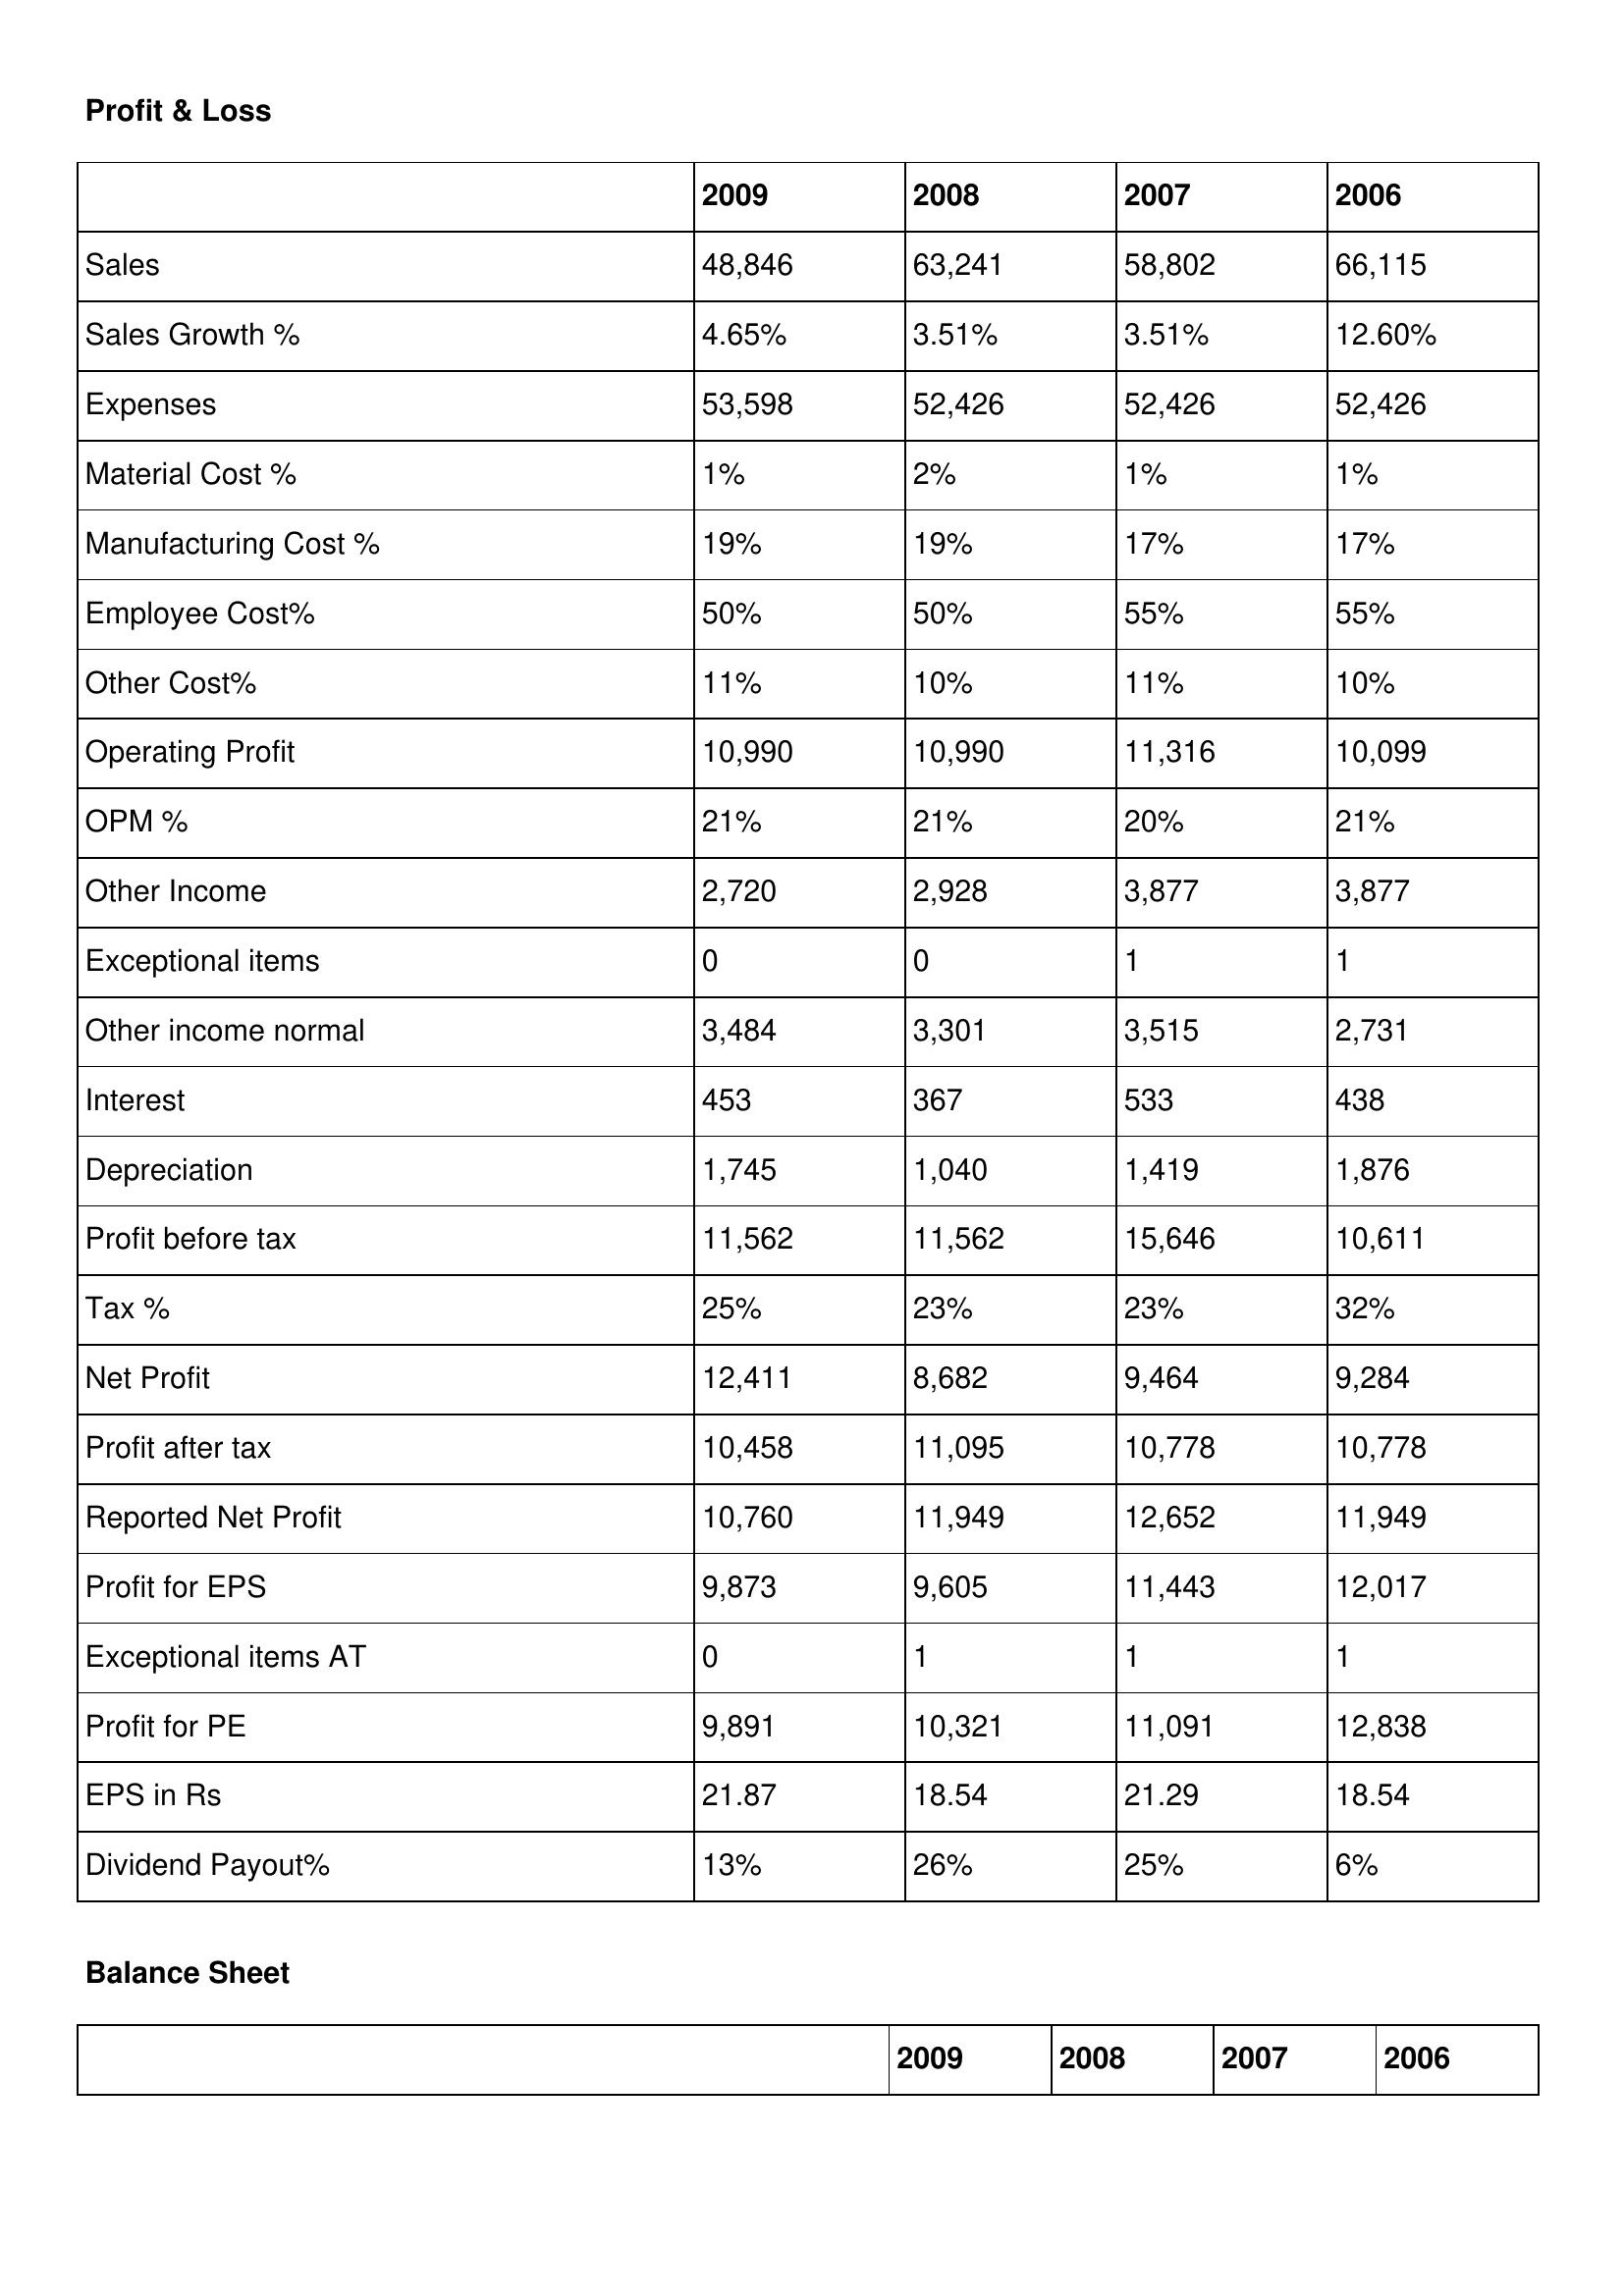
gt_parse: 2009: Profit & Loss: Sales: 48,846
Sales Growth %: 4.65%
Expenses: 53,598
Material Cost %: 1%
Manufacturing Cost %: 19%
Employee Cost%: 50%
Other Cost%: 11%
Operating Profit: 10,990
OPM %: 21%
Other Income: 2,720
Exceptional items: 0
Other income normal: 3,484
Interest: 453
Depreciation: 1,745
Profit before tax: 11,562
Tax %: 25%
Net Profit: 12,411
Profit after tax: 10,458
Reported Net Profit: 10,760
Profit for EPS: 9,873
Exceptional items AT: 0
Profit for PE: 9,891
EPS in Rs: 21.87
Dividend Payout%: 13%
2008: Profit & Loss: Sales: 63,241
Sales Growth %: 3.51%
Expenses: 52,426
Material Cost %: 2%
Manufacturing Cost %: 19%
Employee Cost%: 50%
Other Cost%: 10%
Operating Profit: 10,990
OPM %: 21%
Other Income: 2,928
Exceptional items: 0
Other income normal: 3,301
Interest: 367
Depreciation: 1,040
Profit before tax: 11,562
Tax %: 23%
Net Profit: 8,682
Profit after tax: 11,095
Reported Net Profit: 11,949
Profit for EPS: 9,605
Exceptional items AT: 1
Profit for PE: 10,321
EPS in Rs: 18.54
Dividend Payout%: 26%
2007: Profit & Loss: Sales: 58,802
Sales Growth %: 3.51%
Expenses: 52,426
Material Cost %: 1%
Manufacturing Cost %: 17%
Employee Cost%: 55%
Other Cost%: 11%
Operating Profit: 11,316
OPM %: 20%
Other Income: 3,877
Exceptional items: 1
Other income normal: 3,515
Interest: 533
Depreciation: 1,419
Profit before tax: 15,646
Tax %: 23%
Net Profit: 9,464
Profit after tax: 10,778
Reported Net Profit: 12,652
Profit for EPS: 11,443
Exceptional items AT: 1
Profit for PE: 11,091
EPS in Rs: 21.29
Dividend Payout%: 25%
2006: Profit & Loss: Sales: 66,115
Sales Growth %: 12.60%
Expenses: 52,426
Material Cost %: 1%
Manufacturing Cost %: 17%
Employee Cost%: 55%
Other Cost%: 10%
Operating Profit: 10,099
OPM %: 21%
Other Income: 3,877
Exceptional items: 1
Other income normal: 2,731
Interest: 438
Depreciation: 1,876
Profit before tax: 10,611
Tax %: 32%
Net Profit: 9,284
Profit after tax: 10,778
Reported Net Profit: 11,949
Profit for EPS: 12,017
Exceptional items AT: 1
Profit for PE: 12,838
EPS in Rs: 18.54
Dividend Payout%: 6%